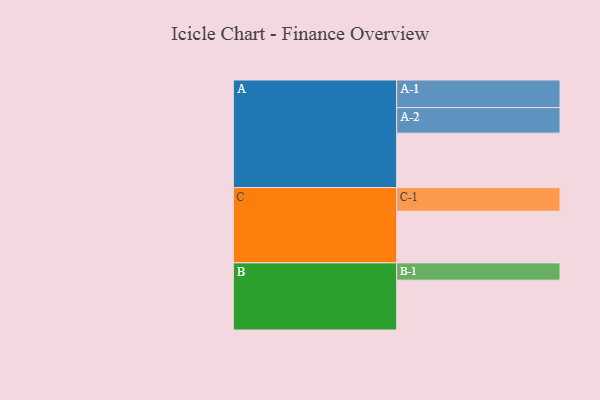
{"axis": {"x": "Segment", "y": "Value"}, "legend": ["", "A", "B", "C"], "data": [{"x": "A", "y": 533, "type": ""}, {"x": "B", "y": 488, "type": ""}, {"x": "C", "y": 506, "type": ""}, {"x": "A-1", "y": 270, "type": "A"}, {"x": "A-2", "y": 250, "type": "A"}, {"x": "B-1", "y": 169, "type": "B"}, {"x": "C-1", "y": 231, "type": "C"}]}